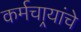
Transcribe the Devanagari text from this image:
कर्मचार्‍यांचे